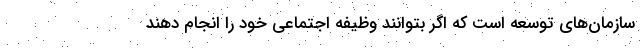
سازمان‌های توسعه است که اگر بتوانند وظیفه اجتماعی خود را انجام دهند